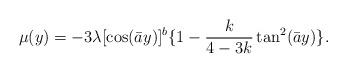
LaTeX: \begin{align*}\mu(y)=-3\lambda[\cos(\bar a y)]^b\{1-\frac{k}{4-3k}\tan^2(\bar a y)\}.\end{align*}